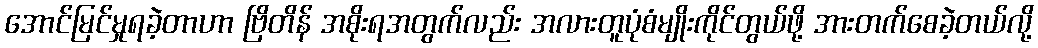
အောင်မြင်မှုရခဲ့တာဟာ ဗြိတိန် အစိုးရအတွက်လည်း အလားတူပုံစံမျိုးကိုင်တွယ်ဖို့ အားတက်စေခဲ့တယ်လို့